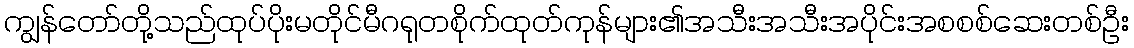
ကျွန်တော်တို့သည်ထုပ်ပိုးမတိုင်မီဂရုတစိုက်ထုတ်ကုန်များ၏အသီးအသီးအပိုင်းအစစစ်ဆေးတစ်ဦး